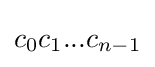
c_{0}c_{1}...c_{n-1}